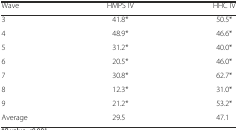
<table><thead><tr><td><b>Wave</b></td><td><b>HMPS IV</b></td><td><b>HHC IV</b></td></tr></thead><tbody><tr><td>3</td><td>41.8*</td><td>50.5*</td></tr><tr><td>4</td><td>48.9*</td><td>46.6*</td></tr><tr><td>5</td><td>31.2*</td><td>40.0*</td></tr><tr><td>6</td><td>20.5*</td><td>46.0*</td></tr><tr><td>7</td><td>30.8*</td><td>62.7*</td></tr><tr><td>8</td><td>12.3*</td><td>31.0*</td></tr><tr><td>9</td><td>21.2*</td><td>53.2*</td></tr><tr><td>Average</td><td>29.5</td><td>47.1</td></tr></tbody></table>